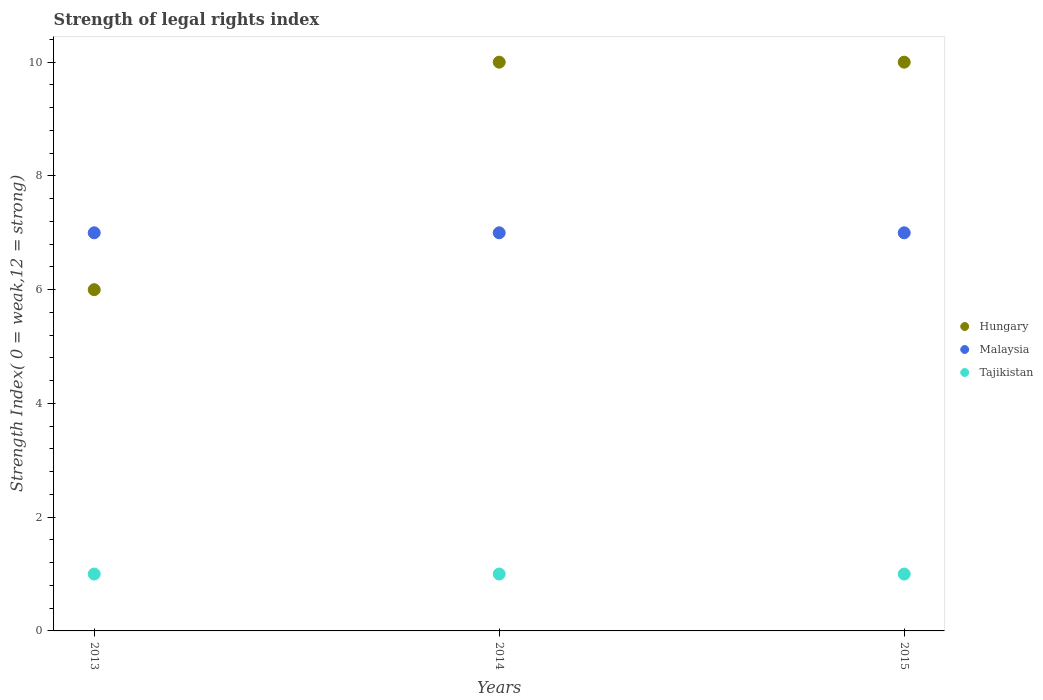
| Years | Hungary | Malaysia | Tajikistan |
 | --- | --- | --- | --- |
 | 2013 | 6 | 7 | 1 |
 | 2014 | 10 | 7 | 1 |
 | 2015 | 10 | 7 | 1 |